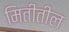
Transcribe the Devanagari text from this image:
मितीतील